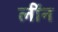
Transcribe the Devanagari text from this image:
लींन